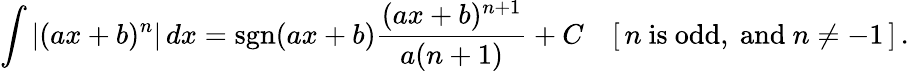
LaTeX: \int\left|(ax+b)^{n}\right|\, dx=\operatorname{sgn}(ax+b){\frac{(ax+b)^{n+1}}{a(n+1)}}+C\quad[\, n{\mathrm{~is~odd,~and~}}n\neq-1\, ]\, .